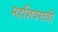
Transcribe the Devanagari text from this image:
महशिवरात्री